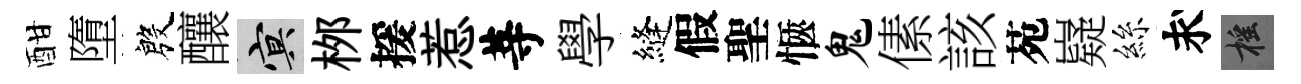
酣墮殷釀冥桞援惹䓁學縫假聖愜鬼傃該苑嶷絲求摇